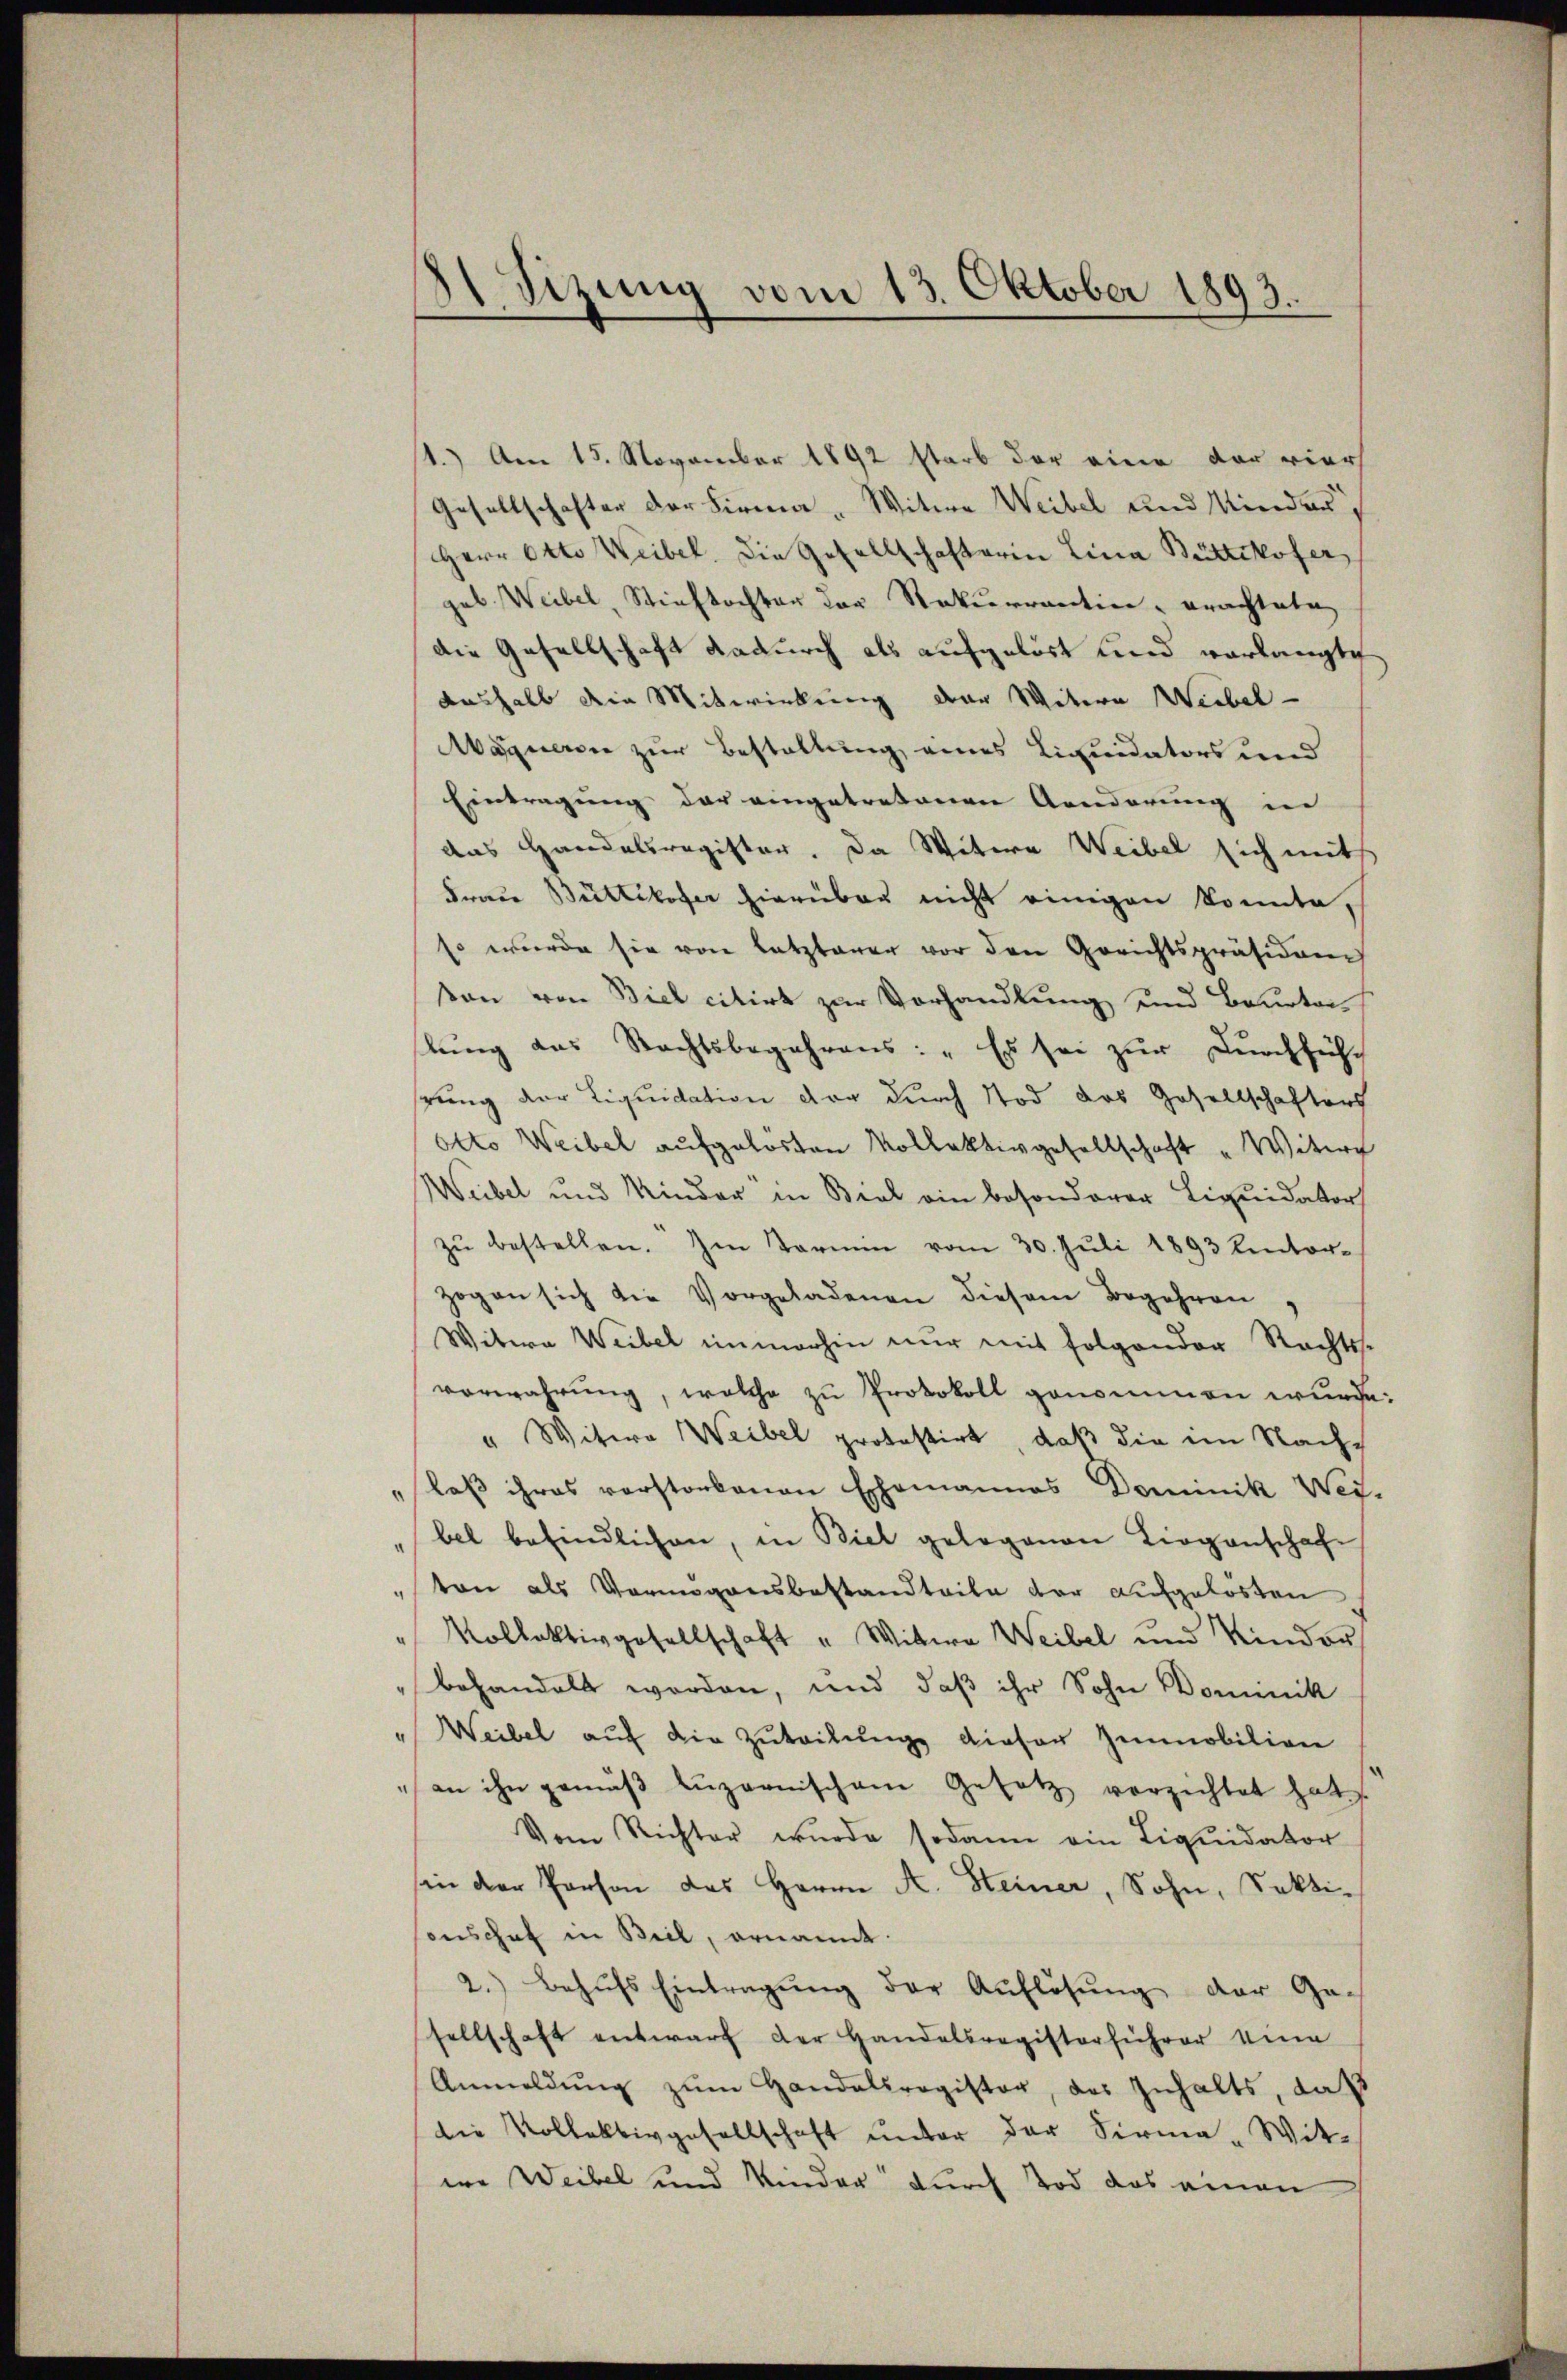
1.) Am 15. November 1892 starb der eine der viers
Gesellschafter der Firma „Witwe Weibel und Kinder
Herr Otto Weibel. Die Gesellschafterin Lina Büttikofer,
gab. Weibel, Stieftochter der Rekurrention erachtete
die Gesellschaft dadurch als aufgelöst und verlangte
aushalb die Mitwirkung der Weitern Wiebel-
Magnersee zur Bestellung eines Liquidators und
Eintragung der eingetretenen Aenderung in
das Handelsregister. Da Witwe Weibel sich mit
Frau Büttikofer hierüber nicht einigen konnte,
so wurde sie von letzterer vor den Gerichtspräsiden
son von Biel citirt zur Vorhandlung und Beurter
lŭng das Rechtsbegehrens: „Es sei zŭr Dŭrchführ
hrung der Liquidation vor durch Tod das Gesellschafters
Otto Weibel aufgelösten Kollektivgesellschaft "Witwe
Weibel und Kinder in Biel ein besonderer Liquidator
zŭ bestellen. Im Termin vom 30. Juli 1893 Kentor-
zogen sich die Vorgeladenen diesem Begehren
Witwe Weibel immerhin nur mit folgender Rechtss.
verwahrung, welche zu Protokoll genommen wurde.
" Witwe Weibel protestirt, daß die im Nachlaß ihres verstorbenen Ehemannes Dominik Wei-
bel befindlichen, in Biel gelegenen Liegenschaf
" von als Vermögensbestandteile der aufgelösten
Kollektivgesellschaft " Wittwe Weibel und Kinder
behandelt worden, und daβ ihr Sohn Dominik
" Weibel auf die Zuteilung dieser Immobilian
an ihn gemäβ Luzernischen Gesetz verzichtet hat
Vom Richter wurde sodann ein Liquidator
sin der Person des Herrn A. Steiner, Sohn, Sekti¬
Conschat in Beil, ernannt:
2.) Behŭfs Eintragŭng der Auflösŭng der Ge-
sellschaft entwarf der Handelsregisterführer eina
Anmeldŭng zŭm Handelsregister, das Inhalts, daß
die Vollektivgesellschaft unter der Firma-Wittwe Weibel und Kinder durch Tod das einen

8 Sizung vom 13. Oktober 1893.